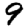
Digit: 9